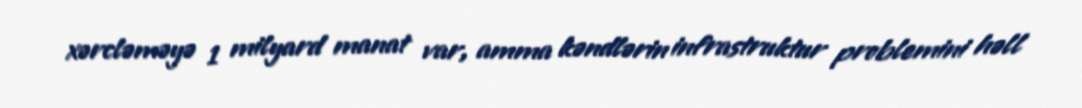
xərcləməyə 1 milyard manat var, amma kəndlərin infrastruktur problemini həll